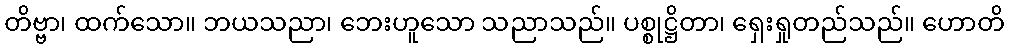
တိဗ္ဗာ၊ ထက်သော။ ဘယသညာ၊ ဘေးဟူသော သညာသည်။ ပစ္စုဋ္ဌိတာ၊ ရှေးရှုတည်သည်။ ဟောတိ